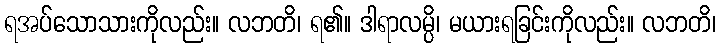
ရအပ်သောသားကိုလည်း။ လဘတိ၊ ရ၏။ ဒါရာလမ္ပိ၊ မယားရခြင်းကိုလည်း။ လဘတိ၊